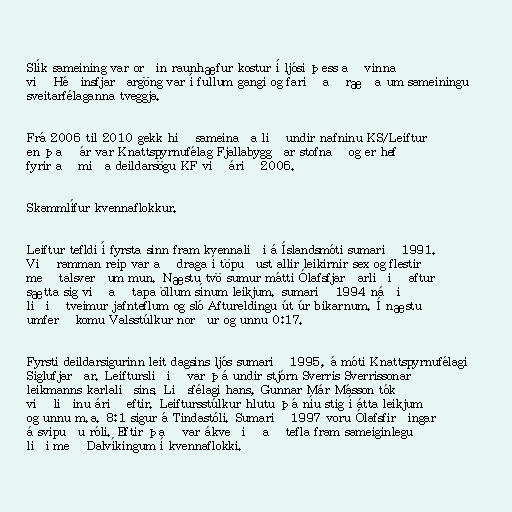
Slík sameining var orðin raunhæfur kostur í ljósi þess að vinna
við Héðinsfjarðargöng var í fullum gangi og farið að ræða um sameiningu
sveitarfélaganna tveggja.

Frá 2006 til 2010 gekk hið sameinaða lið undir nafninu KS/Leiftur
en það ár var Knattspyrnufélag Fjallabyggðar stofnað og er hefð
fyrir að miða deildarsögu KF við árið 2006.

Skammlífur kvennaflokkur.

Leiftur tefldi í fyrsta sinn fram kvennaliði á Íslandsmóti sumarið 1991.
Við ramman reip var að draga í töpuðust allir leikirnir sex og flestir
með talsverðum mun. Næstu tvö sumur mátti Ólafsfjarðarliðið aftur
sætta sig við að tapa öllum sínum leikjum. sumarið 1994 náði
liðið tveimur jafnteflum og sló Aftureldingu út úr bikarnum. Í næstu
umferð komu Valsstúlkur norður og unnu 0:17.

Fyrsti deildarsigurinn leit dagsins ljós sumarið 1995, á móti Knattspyrnufélagi
Siglufjarðar. Leiftursliðið var þá undir stjórn Sverris Sverrissonar
leikmanns karlaliðsins. Liðsfélagi hans, Gunnar Már Másson tók
við liðinu árið eftir. Leiftursstúlkur hlutu þá níu stig í átta leikjum
og unnu m.a. 8:1 sigur á Tindastóli. Sumarið 1997 voru Ólafsfirðingar
á svipuðu róli. Eftir það var ákveðið að tefla fram sameiginlegu
liði með Dalvíkingum í kvennaflokki.